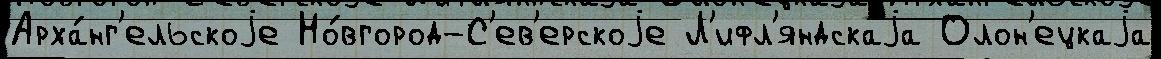
Арха́нг'ельскоjе Но́вгород-С'ев'ерскоjе Л'ифл'яндскаjа Олон'ецкаjа